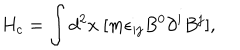
H _ { c } = \int d ^ { 2 } x ~ [ m \epsilon _ { i j } B ^ { 0 } \partial ^ { i } B ^ { j } ] ,